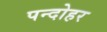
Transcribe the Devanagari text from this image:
पन्दोहर